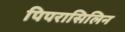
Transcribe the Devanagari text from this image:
पिपरासिलिन